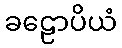
ခဠောပိယံ